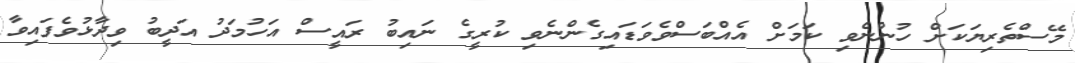
މޭސްތެރިޔަކަށް ހުންނެވި ކަމަށް އެއްބަސްވެވަޑައިގެންނެވި ކުރީގެ ނައިބު ރައީސް އަހުމަދު އަދީބު ވިދާޅުވެފައިވާ